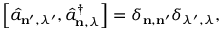
\left[ \hat { a } _ { \mathbf { n } ^ { \prime } , \lambda ^ { \prime } } , \hat { a } _ { \mathbf { n } , \lambda } ^ { \dagger } \right] = \delta _ { \mathbf { n } , \mathbf { n } ^ { \prime } } \delta _ { \lambda ^ { \prime } , \lambda } ,